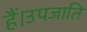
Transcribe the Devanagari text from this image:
हैं।उपजाति